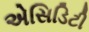
એસિડિટી